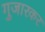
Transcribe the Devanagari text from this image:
गुजारकर